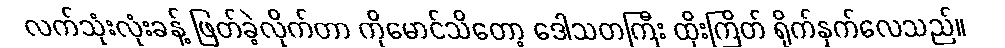
လက်သုံးလုံးခန့် ဖြတ်ခဲ့လိုက်တာ ကိုမောင်သိတော့ ဒေါသတကြီး ထိုးကြိတ် ရိုက်နှက်လေသည်။